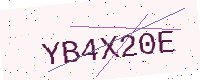
Text: YB4X20E